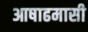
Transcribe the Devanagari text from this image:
आषाढमासी